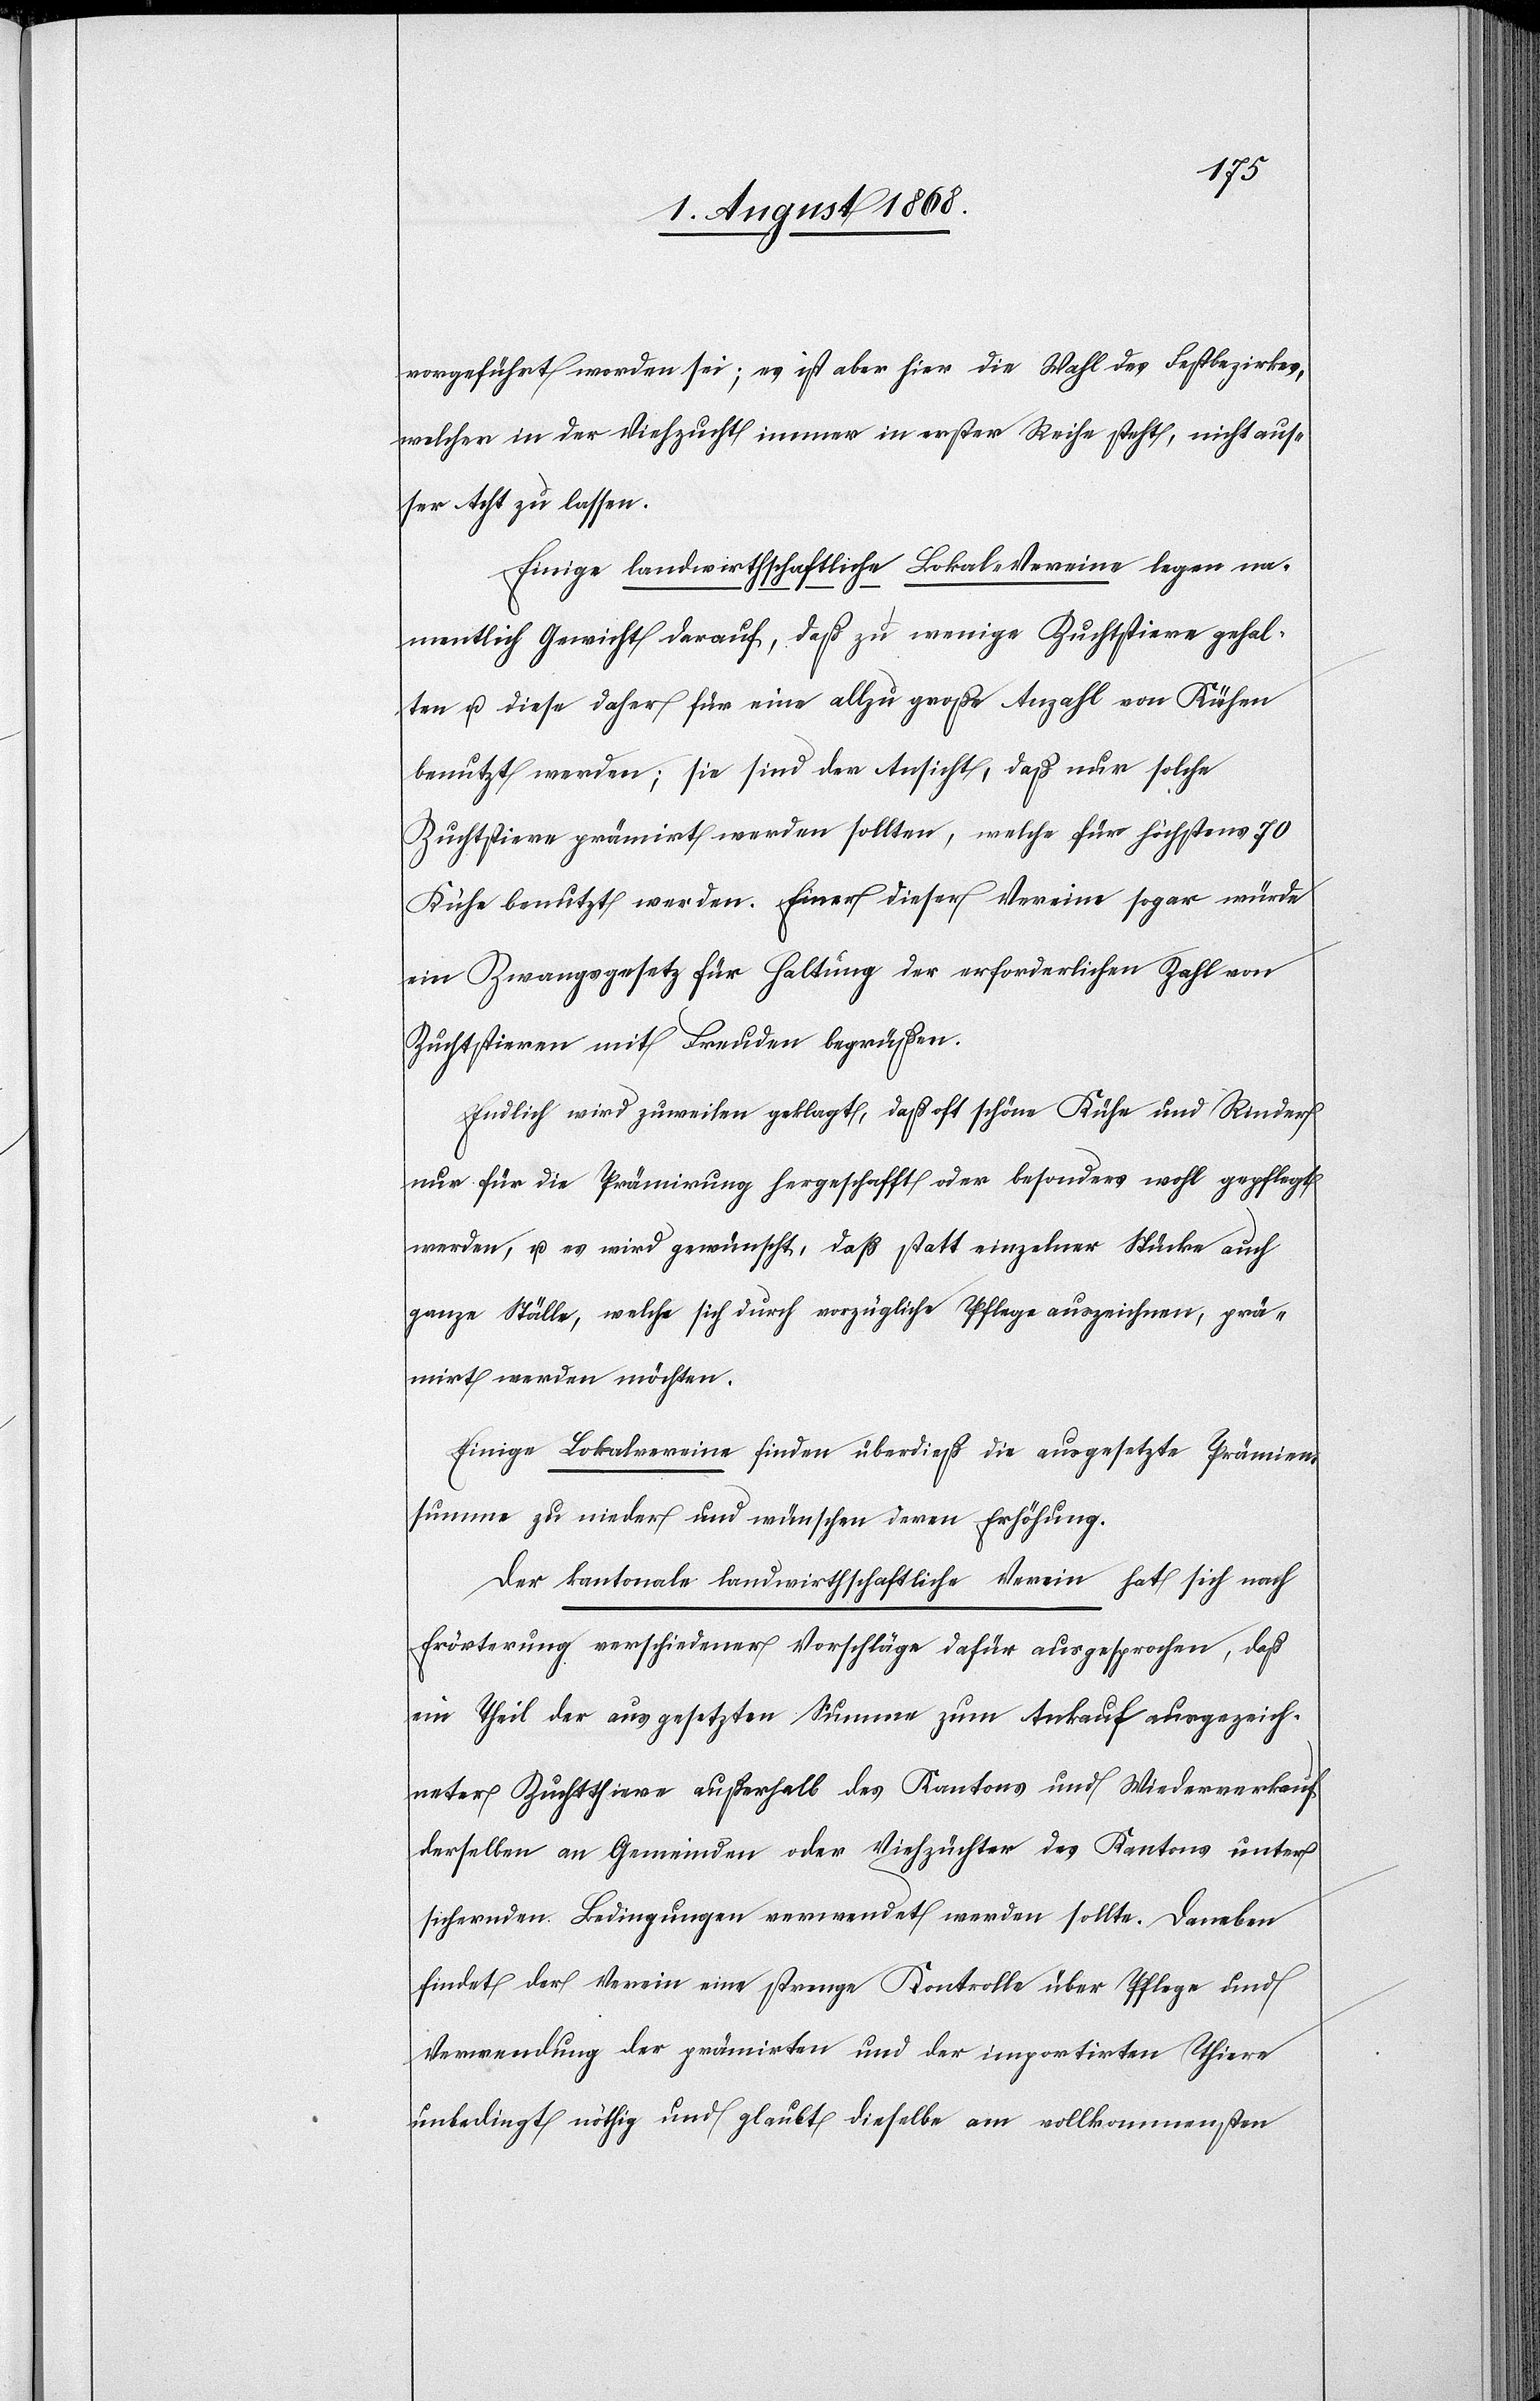
vorgeführt worden sei; es ist aber hier die Wahl des Festbezirkes,
welcher in der Viehzucht immer in erster Reihe steht, nicht aus¬
ser Acht zu lassen.
Einige landwirthschaftliche Lokal-Vereine legen na¬
mentlich Gewicht darauf, daß zu wenige Zuchtstiere gehal¬
ten u. diese daher für eine allzu große Anzahl von Kühen
benutzt werden; sie sind der Ansicht, daß nur solche
Zuchtstiere prämirt werden sollten, welche für höchstens 70
Kühe benutzt werden. Einer dieser Vereine sogar würde
ein Zwangsgesetz für Haltung der erforderlichen Zahl von
Zuchtstieren mit Freuden begrüßen.
Endlich wird zuweilen geklagt, daß oft schöne Kühe und Rinder
nur für die Prämirung hergeschafft oder besonders wohl gepflegt
werden, u. es wird gewünscht, daß statt einzelner Stücke auch
ganze Ställe, welche sich durch vorzügliche Pflege auszeichnen, prä¬
mirt werden möchten.
Einige Lokalvereine finden überdieß die ausgesetzte Prämien¬
summe zu nieder und wünschen deren Erhöhung.
Der kantonale landwirthschaftliche Verein hat sich nach
Erörterung verschiedener Vorschläge dafür ausgesprochen, daß
ein Theil der ausgesetzten Summe zum Ankauf ausgezeich¬
neter Zuchtthiere außerhalb des Kantons und Wiederverkauf
derselben an Gemeinden oder Viehzüchter des Kantons unter
sichernden Bedingungen verwendet werden sollte. Daneben
findet der Verein eine strenge Kontrolle über Pflege und
Verwendung der prämirten und der importirten Thiere
unbedingt nöthig und glaubt dieselbe am vollkommensten